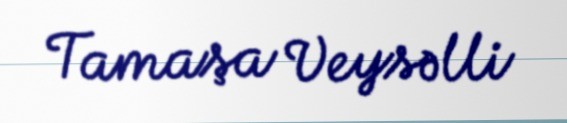
Tamaşa Veysəlli